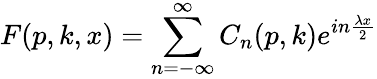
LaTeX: F(p,k,x)=\sum_{n=-\infty}^{\infty}C_{n}(p,k)e^{in\frac{\lambda x}{2}}